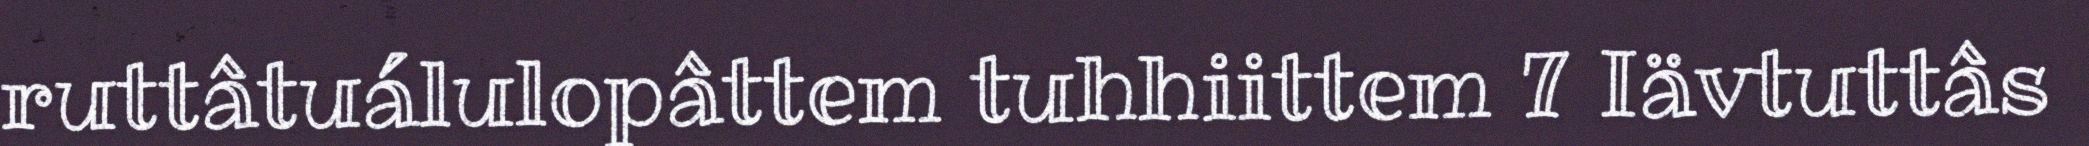
ruttâtuálulopâttem tuhhiittem 7 Iävtuttâs